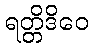
ရတ္တိဒိဝေ